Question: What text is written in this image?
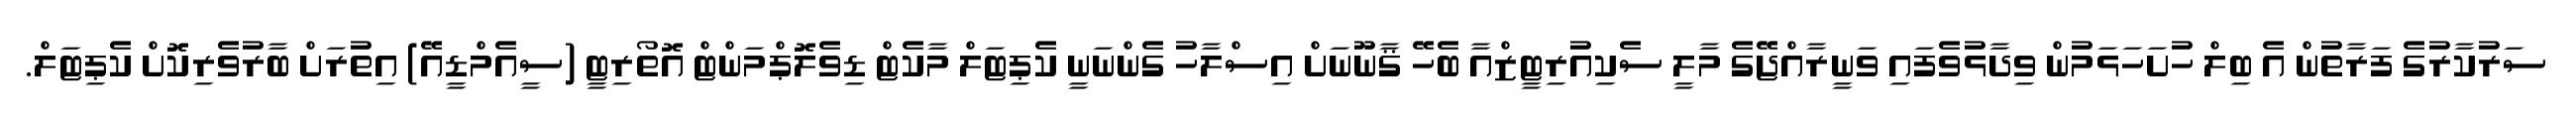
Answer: ސަރުކާރުގެ ފަރާތުން އެ ބިލް ހުށަހަޅަމުން ވިދާޅުވެފައި ވަނީރާއްޖޭގެ މާލީ ސެކިއުރިޓީޒްއާ ބެހޭ ޤާނޫނަށް އިސްލާހު ގެންނަނީ ކެޕިޓަލް މާކެޓް ޑިވެލޮޕްމަންޓް އޮތޯރިޓީ (ސީއެމްޑީއޭ) އިތުރަށް ބާރުވެރިކޮށް ކެޕިޓަލް.